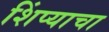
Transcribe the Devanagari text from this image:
शिंप्याचा